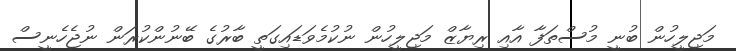
މަޖިލީހުން ބުނީ މުސްތަފާ އާއި ރިޔާޒް މަޖިލީހުން ނުކުމެވަޑައިގަތީ ބާރުގެ ބޭނުންކުރަން ނުޖެހެނީސް